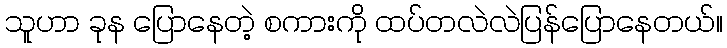
သူဟာ ခုန ပြောနေတဲ့ စကားကို ထပ်တလဲလဲပြန်ပြောနေတယ်။